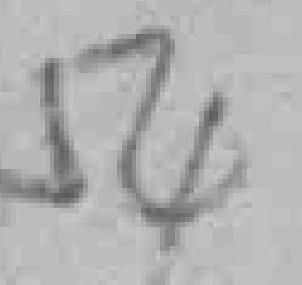
54